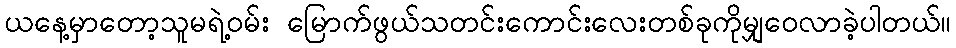
ယနေ့မှာတော့သူမရဲ့ဝမ်း မြောက်ဖွယ်သတင်းကောင်းလေးတစ်ခုကိုမျှဝေလာခဲ့ပါတယ်။